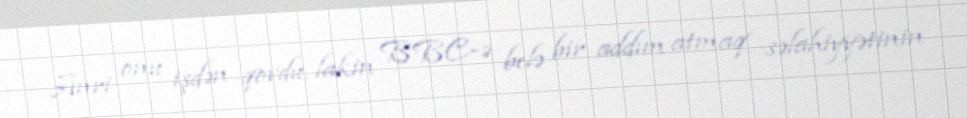
Anri onu işdən qovdu, lakin BBC-ə belə bir addım atmaq səlahiyyətinin